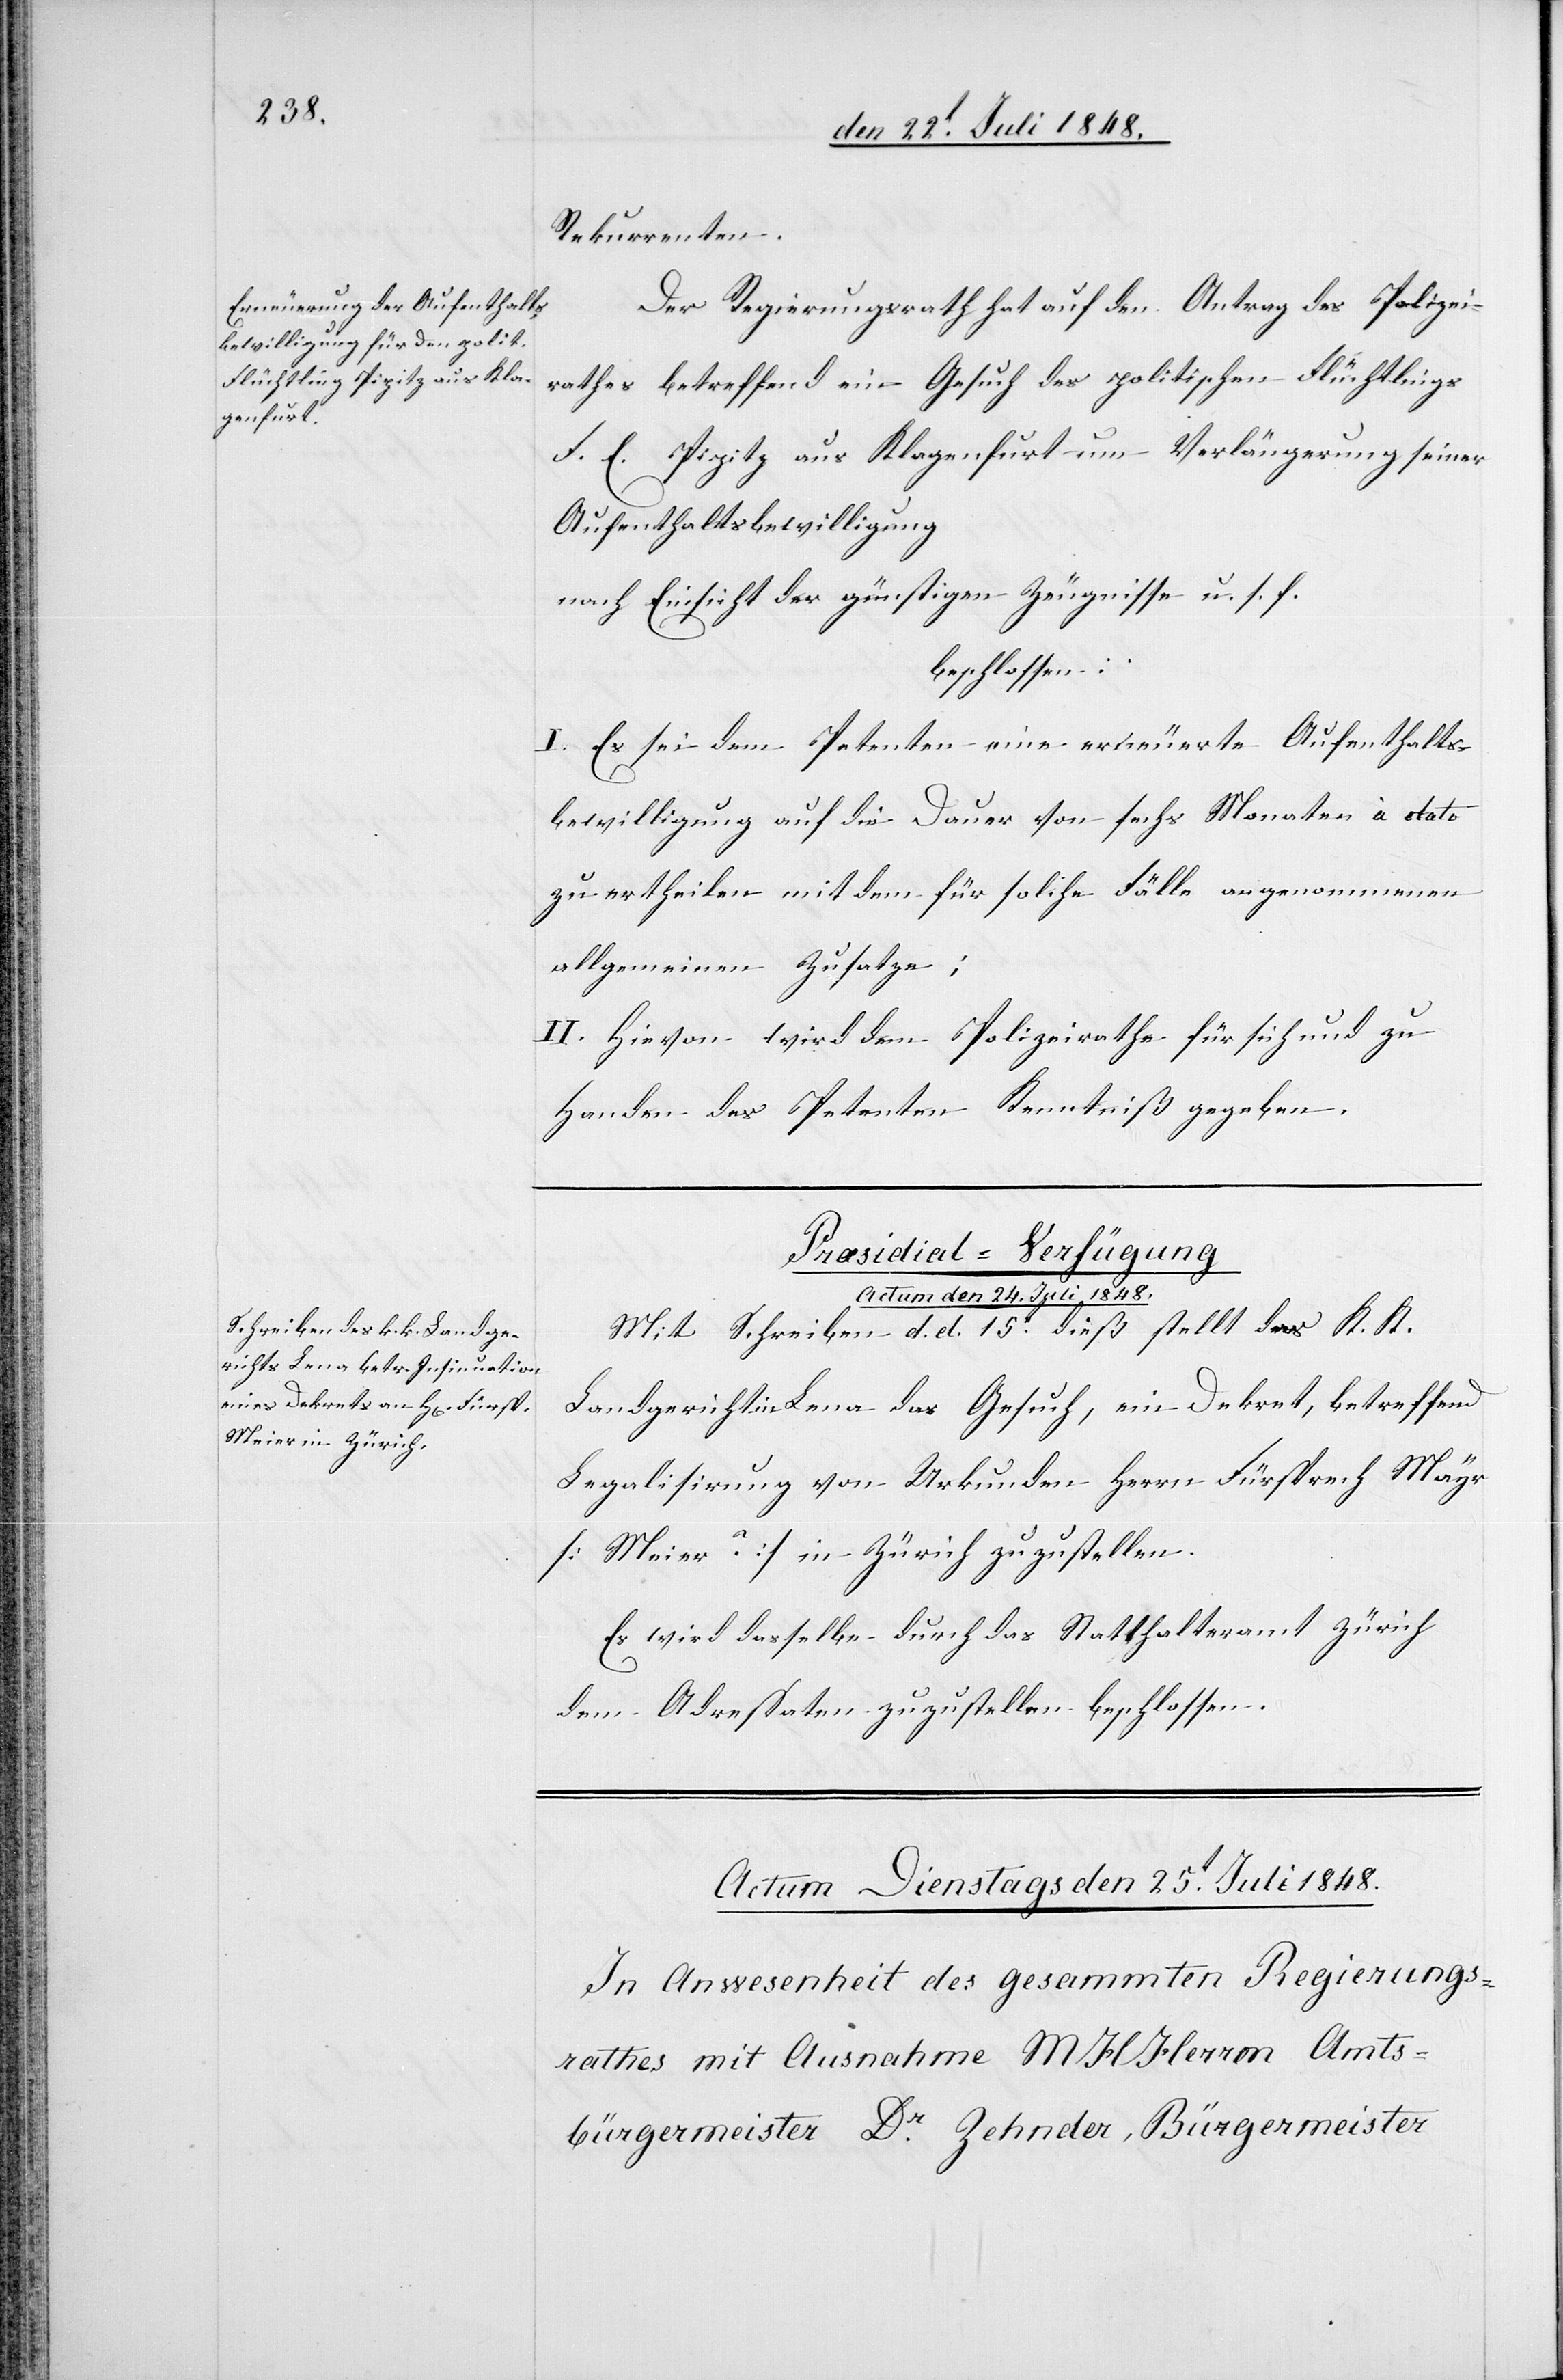
Rekurrenten.
Der Regierungsrath hat auf den Antrag des Polizei¬
rathes betreffend ein Gesuch des politischen Flüchtlings
F. E. Pipitz aus Klagenfurt um Verlängerung seiner
Aufenthaltsbewilligung
nach Einsicht der günstigen Zeugnisse u. s. f.
beschlossen:
I. Es sei dem Petenten eine erneuerte Aufenthalts¬
bewilligung auf die Dauer von sechs Monaten à dato
zu ertheilen mit dem für solche Fälle angenommenen
allgemeinen Zusatze;
II. Hievon wird dem Polizeirathe für sich und zu
Handen des Petenten Kenntniß gegeben.
Præsidial-Verfügung.
Actum den 24. Juli 1848.
Mit Schreiben d. d. 15t dieß stellt das K. K.
Landgericht in Lena das Gesuch, ein Dekret, betreffend
Legalisirung von Urkunden Herrn Fürsprech Mayr
[Meier?] in Zürich zuzustellen.
Es wird dasselbe durch das Statthalteramt Zürich
dem Adreßaten zuzustellen beschlossen.